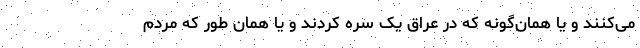
می‌کنند و یا همان‌گونه که در عراق یک سره کردند و یا همان طور که مردم